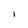
Character: l